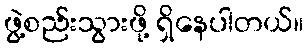
ဖွဲ့စည်းသွားဖို့ ရှိနေပါတယ်။